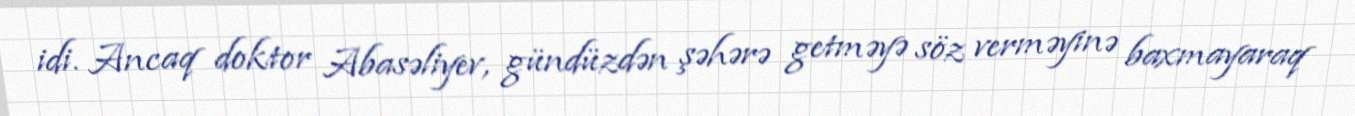
idi. Ancaq doktor Abasəliyev, gündüzdən şəhərə getməyə söz verməyinə baxmayaraq